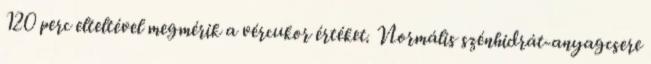
120 perc elteltével megmérik a vércukor értéket. Normális szénhidrát-anyagcsere